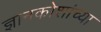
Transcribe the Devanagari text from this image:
ज्ञानकोशांच्या